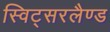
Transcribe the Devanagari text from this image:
स्विट्सरलैण्ड